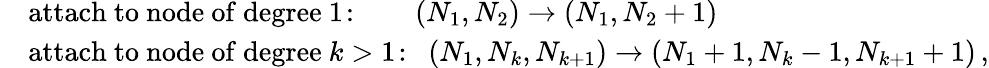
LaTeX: \begin{array}{rl}&{\mathrm{attach\ to\ node\ of\ degree\ 1\! :}~~~~~~~~\, (N_{1},N_{2})\to(N_{1},N_{2}+1)}\\ &{\mathrm{attach\ to\ node\ of\ degree\ }k>1\! :~~(N_{1},N_{k},N_{k+1})\to(N_{1}+1,N_{k}-1,N_{k+1}+1)\, ,}\end{array}